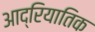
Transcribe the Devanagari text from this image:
आद्रियातिक